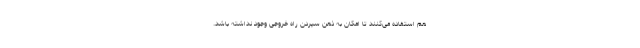
هم استفاده می‌کنند تا امکان به ذهن سپردن راه خروجی وجود نداشته باشد.